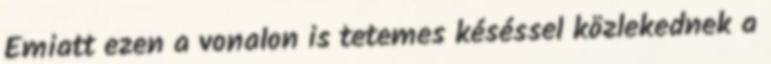
Emiatt ezen a vonalon is tetemes késéssel közlekednek a